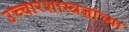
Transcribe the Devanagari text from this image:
उच्चारशास्त्रज्ञांच्या